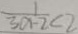
\frac { 1 } { 3 a - 2 } < 2